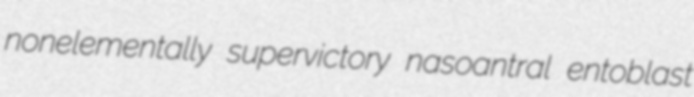
nonelementally supervictory nasoantral entoblast